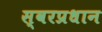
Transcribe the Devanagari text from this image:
स्वरप्रधान